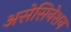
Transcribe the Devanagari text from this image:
असेसिनेशन